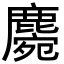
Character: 𪋅